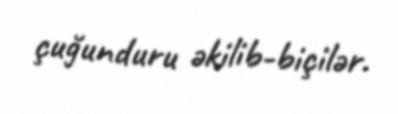
çuğunduru əkilib-biçilər.